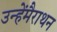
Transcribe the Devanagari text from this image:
उन्हेंमैराथन